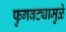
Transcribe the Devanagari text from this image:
फुगवट्यामुळे